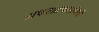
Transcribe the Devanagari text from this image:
अफरातफरसंबंधी